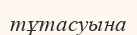
тұтасуына